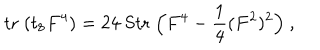
\mathrm { t r } \; ( t _ { 8 } F ^ { 4 } ) = 2 4 \; \mathrm { S t r } \; \Bigl ( F ^ { 4 } - { \frac { 1 } { 4 } } ( F ^ { 2 } ) ^ { 2 } \Bigr ) \ ,